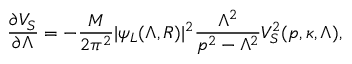
\frac { \partial V _ { S } } { \partial \Lambda } = - \frac { M } { 2 \pi ^ { 2 } } | \psi _ { L } ( \Lambda , R ) | ^ { 2 } \frac { \Lambda ^ { 2 } } { p ^ { 2 } - \Lambda ^ { 2 } } V _ { S } ^ { 2 } ( p , \kappa , \Lambda ) ,